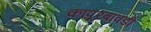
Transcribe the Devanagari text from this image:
कापूरबावडी